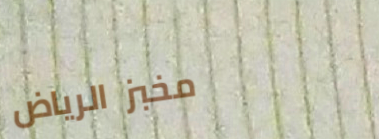
مخبز الرياض